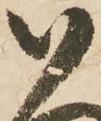
い